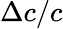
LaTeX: \Delta c/c